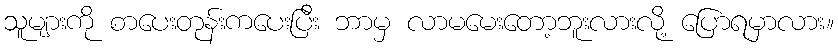
သူများကို စာပေးတုန်းကပေးပြီး ဘာမှ လာမမေးတော့ဘူးလားလို့ ပြောရမှာလား။